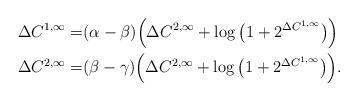
LaTeX: \begin{align*}\Delta{C}^{1,\infty}=&(\alpha-\beta)\Big(\Delta{C}^{2,\infty}+\log\big(1+2^{\Delta{C}^{1,\infty}}\big)\Big)\\\Delta{C}^{2,\infty}=&(\beta-\gamma)\Big(\Delta{C}^{2,\infty}+\log\big(1+2^{\Delta{C}^{1,\infty}}\big)\Big). \end{align*}